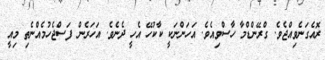
ރޮއެގަނެވިއްޖެވެ. ގްރޭންޑްމާ ހާސްވިއެވެ. އަހަންނަކީ ކާކުހޭ އެހީ ދެނެވެ. އަހަރެން ފަސްޖެހުމެއްނެތި މިއީ